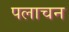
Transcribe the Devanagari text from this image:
पलाचन